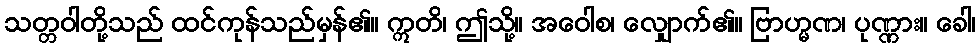
သတ္တဝါတို့သည် ထင်ကုန်သည်မှန်၏။ ဣတိ၊ ဤသို့။ အဝေါစ၊ လျှောက်၏။ ဗြာဟ္မဏ၊ ပုဏ္ဏား။ ခေါ၊